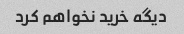
دیگه خرید نخواهم کرد